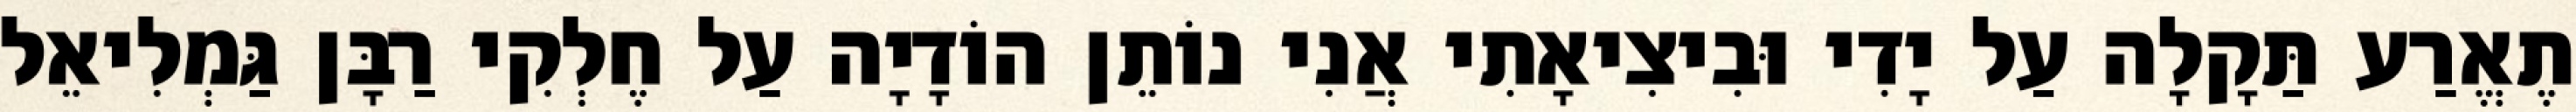
תֶאֱרַע תַּקָלָה עַל יָדִי וּבִיצִיאָתִי אֲנִי נוֹתֵן הוֹדָיָה עַל חֶלְקִי רַבָּן גַּמְלִיאֵל